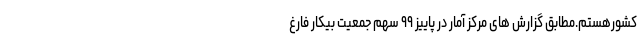
کشورهستم.مطابق گزارش های مرکز آمار در پاییز ۹۹ سهم جمعیت بیکار فارغ